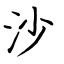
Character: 沙